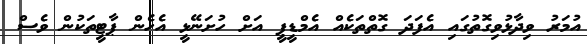
އުމަރު ވިދާޅުވިގޮތުގައި އެފަދަ ގޮތްތަކެއް އެމްޑީޕީ އަށް ހުށަނޭޅީ އެހެން ޕާޓީތަކުން ވެސް